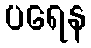
ပရေန